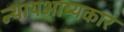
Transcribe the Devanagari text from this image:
न्यायभाष्यकार